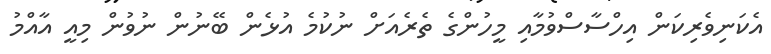
އެކަނިވެރިކަން އިހްސާސްވުމާއި މީހުންގެ ތެރެއަށް ނުކުމެ އުޅެން ބޭނުން ނުވުން މިއީ އާއްމު